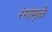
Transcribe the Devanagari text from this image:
रंगांमुळे